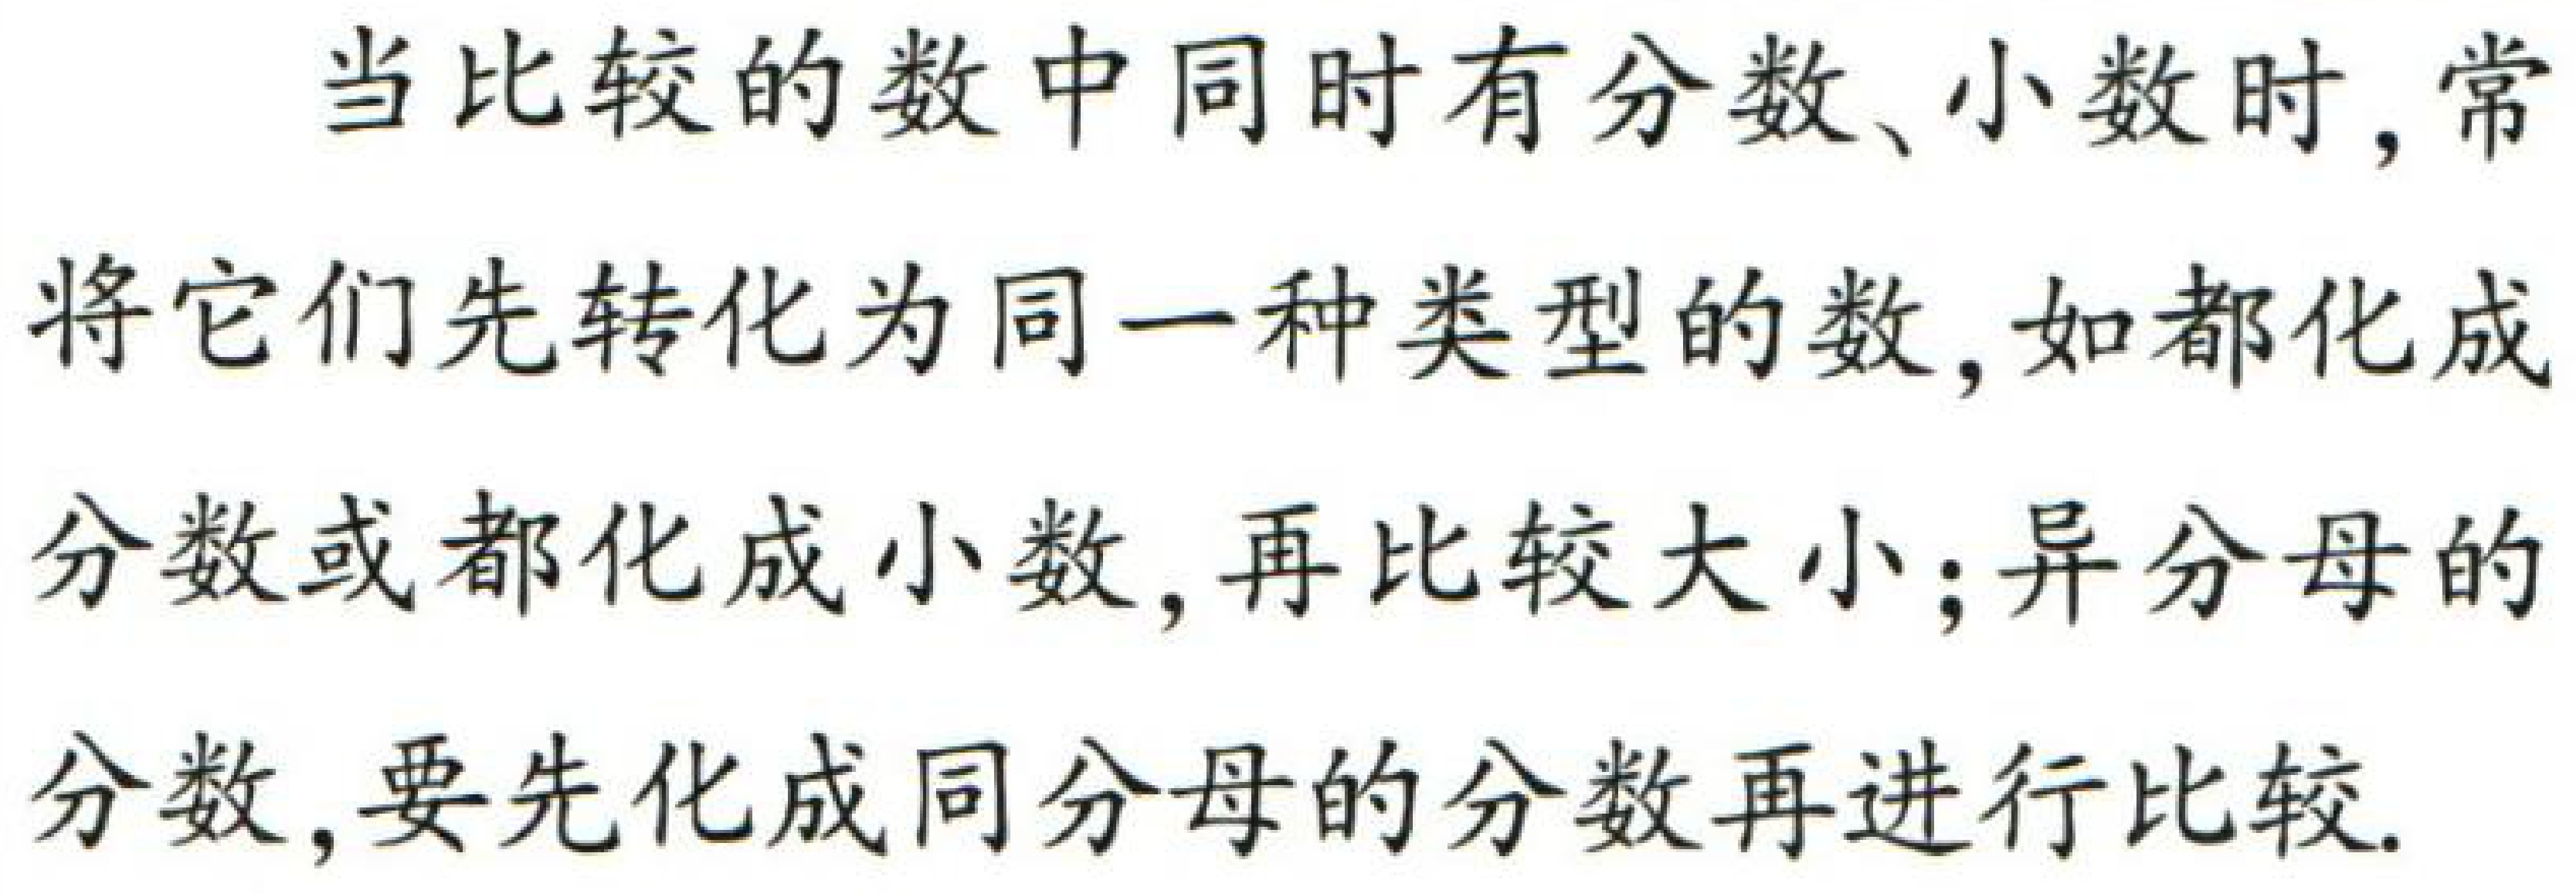
当比较的数中同时有分数、小数时, 常将它们先转化为同一种类型的数, 如都化成分数或都化成小数, 再比较大小; 异分母的分数, 要先化成同分母的分数再进行比较.